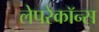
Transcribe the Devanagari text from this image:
लेपरेकॉन्स